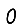
Digit: 0